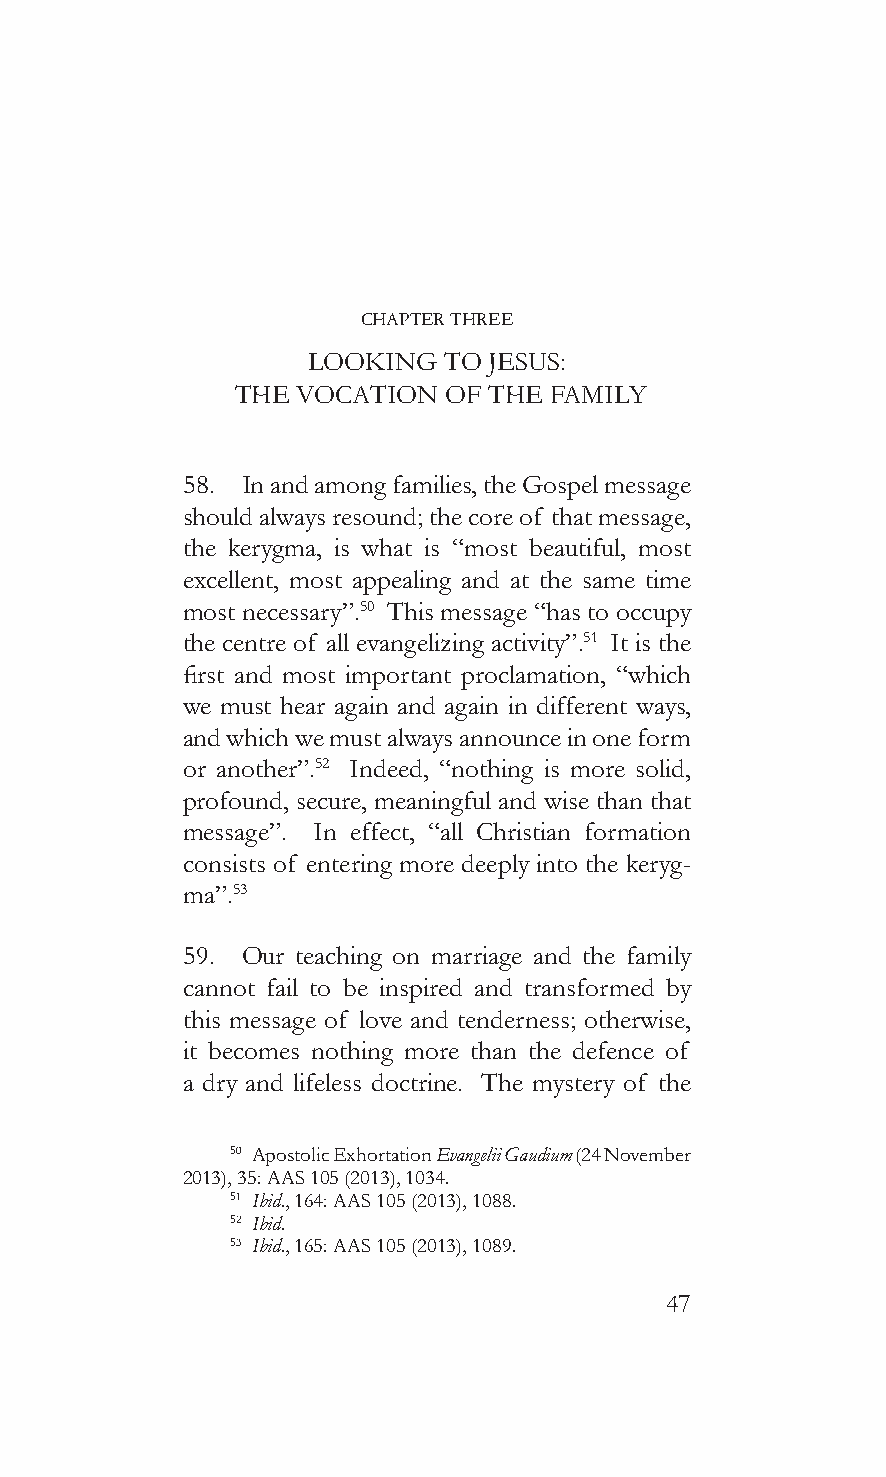
CHAPTER THREE
 LookinG  To Jesus:
 The vocaTion of The famiLy
 58. In and among families, the Gospel message
 should always resound; the core of that message,
 the kerygma, is what is “most beautiful, most
 excellent, most appealing and at the same time
 most necessary”.50 This message “has to occupy
 the centre of all evangelizing activity”.51 It is the
 first and most important proclamation, “which
 we must hear again and again in different ways,
 and which we must always announce in one form
 or another”.52 Indeed, “nothing is more solid,
 profound, secure, meaningful and wise than that
 message”. In effect, “all Christian formation
 consists of entering more deeply into the keryg-
 ma”.53
 59. Our teaching on marriage and the family
 cannot fail to be inspired and transformed by
 this message of love and tenderness; otherwise,
 it becomes nothing more than the defence of
 a dry and lifeless doctrine. The mystery of the
 50 Apostolic Exhortation Evangelii Gaudium (24 November
 2013), 35: AAS 105 (2013), 1034.
 51 Ibid., 164: AAS 105 (2013), 1088.
 52 Ibid.
 53 Ibid., 165: AAS 105 (2013), 1089.
 47